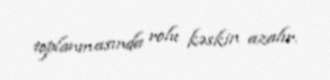
toplanmasında rolu kəskin azalır.